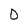
Character: O